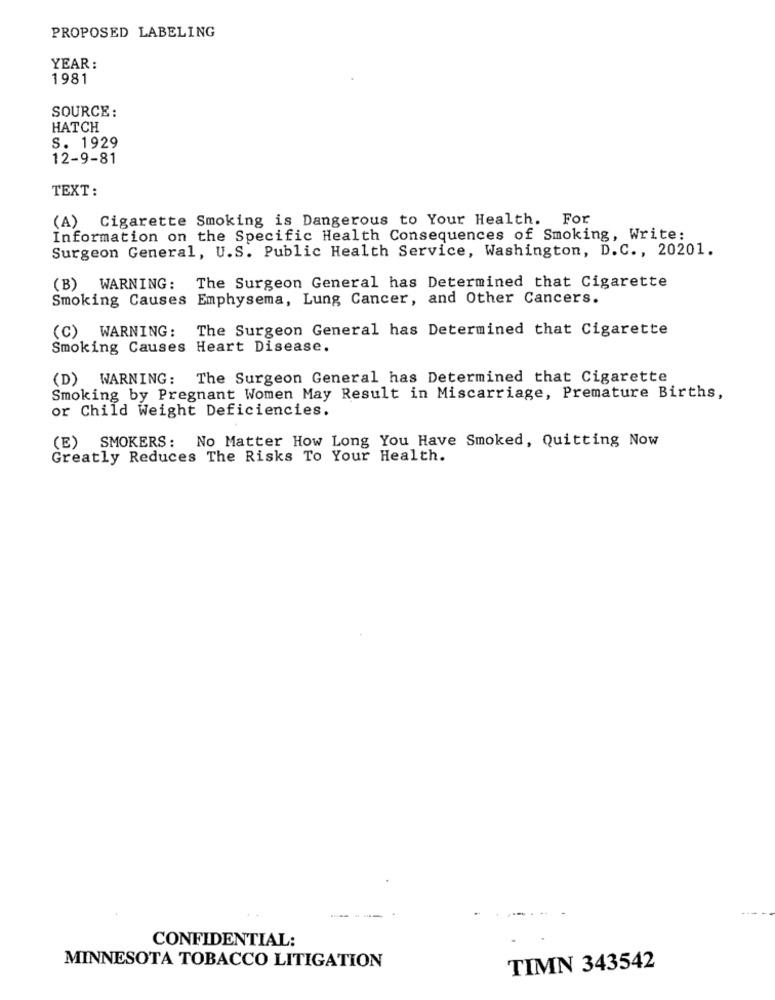
PROPOSED LABELING
YEAR :
1981
SOURCE :
HATCH
S. 1929
12-9-81
TEXT:
(A) Cigarette Smoking is Dangerous to Your Health. For
Information on the Specific Health Consequences of Smoking, Write:
Surgeon General, U.S. Public Health Service, Washington, D.C ., 20201.
(B) WARNING: The Surgeon General has Determined that Cigarette
Smoking Causes Emphysema, Lung Cancer, and Other Cancers.
(C) WARNING: The Surgeon General has Determined that Cigarette
Smoking Causes Heart Disease.
(D) WARNING: The Surgeon General has Determined that Cigarette
Smoking by Pregnant Women May Result in Miscarriage, Premature Births,
or Child Weight Deficiencies.
(E) SMOKERS: No Matter How Long You Have Smoked, Quitting Now
Greatly Reduces The Risks To Your Health.
-----
CONFIDENTIAL:
MINNESOTA TOBACCO LITIGATION
TIMN 343542